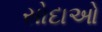
સોદાઓ